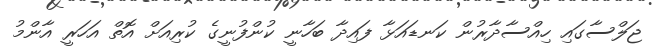
ޖަލްސާގައި ހިއްސާދާރުން ކަނޑައަޅާ ފައިދާ ބަހާނީ ކުންފުނީގެ ކުރިއަށް އޮތް އަހަރީ އާންމު